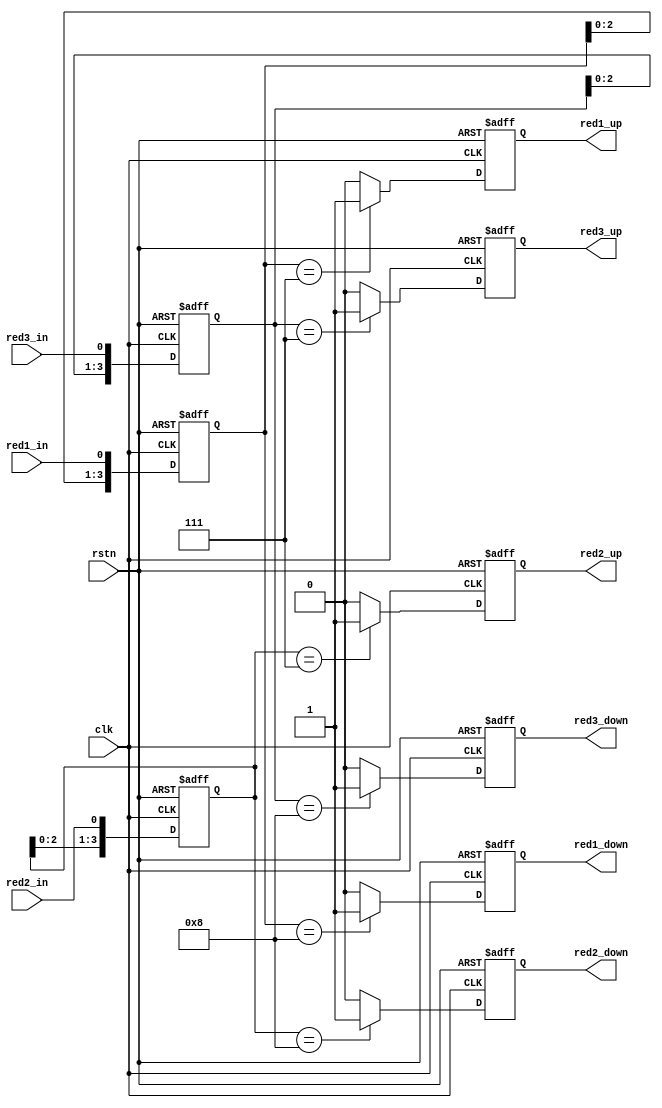
//==============================================================================
// Module name: redcatch
// Description: 
// -------------------------------------------------
// Modification log here:
// Author     :
// Date       : 
// Message    :
//==============================================================================
module redcatch
(
  input       clk,
  input       rstn,

  input       red1_in,
  input       red2_in,
  input       red3_in,

  output reg  red1_up,
  output reg  red2_up,
  output reg  red3_up,

  output reg  red1_down,
  output reg  red2_down,
  output reg  red3_down
);

  reg [3:0] red1_reg;
  reg [3:0] red2_reg;
  reg [3:0] red3_reg;

  always@(posedge clk or negedge rstn) begin 
    if(!rstn) begin
      red1_reg <= 4'b1111;
    end
    else begin
      red1_reg <= {red1_reg[2:0],red1_in};
    end
  end

  always@(posedge clk or negedge rstn) begin 
    if(!rstn) begin
      red2_reg <= 4'b1111;
    end
    else begin
      red2_reg <= {red2_reg[2:0],red2_in};
    end
  end

  always@(posedge clk or negedge rstn) begin 
    if(!rstn) begin
      red3_reg <= 4'b1111;
    end
    else begin
      red3_reg <= {red3_reg[2:0],red3_in};
    end
  end

  always@(posedge clk or negedge rstn) begin 
    if(!rstn) begin
      red1_up <= 1'b0;
    end
    else if(red1_reg == 4'b0111) begin
      red1_up <= 1'b1;
    end
    else begin
      red1_up <= 1'b0;
    end
  end

  always@(posedge clk or negedge rstn) begin 
    if(!rstn) begin
      red2_up <= 1'b0;
    end
    else if(red2_reg == 4'b0111) begin
      red2_up <= 1'b1;
    end
    else begin
      red2_up <= 1'b0;
    end
  end

  always@(posedge clk or negedge rstn) begin 
    if(!rstn) begin
      red3_up <= 1'b0;
    end
    else if(red3_reg == 4'b0111) begin
      red3_up <= 1'b1;
    end
    else begin
      red3_up <= 1'b0;
    end
  end

  always@(posedge clk or negedge rstn) begin 
    if(!rstn) begin
      red1_down <= 1'b0;
    end
    else if(red1_reg == 4'b1000) begin
      red1_down <= 1'b1;
    end
    else begin
      red1_down <= 1'b0;
    end
  end

  always@(posedge clk or negedge rstn) begin 
    if(!rstn) begin
      red2_down <= 1'b0;
    end
    else if(red2_reg == 4'b1000) begin
      red2_down <= 1'b1;
    end
    else begin
      red2_down <= 1'b0;
    end
  end

  always@(posedge clk or negedge rstn) begin 
    if(!rstn) begin
      red3_down <= 1'b0;
    end
    else if(red3_reg == 4'b1000) begin
      red3_down <= 1'b1;
    end
    else begin
      red3_down <= 1'b0;
    end
  end

endmodule